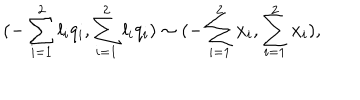
{ ( - \sum _ { i = 1 } ^ { 2 } { l _ { i } q _ { i } } , \sum _ { i = 1 } ^ { 2 } { l _ { i } q _ { i } } ) } \sim { ( - \sum _ { i = 1 } ^ { 2 } { x _ { i } } , \sum _ { i = 1 } ^ { 2 } { x _ { i } } ) } ,